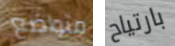
متواضع بارتياح